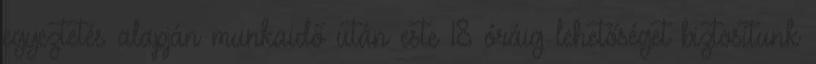
egyeztetés alapján munkaidő után este 18 óráig lehetőséget biztosítunk